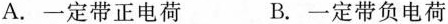
A.一定带正电荷 B.一定带负电荷